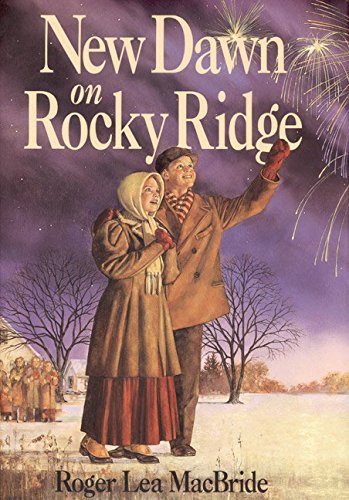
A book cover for New Dawn on Rocky Ridge (Little House); Roger Lea MacBride; Children's Books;